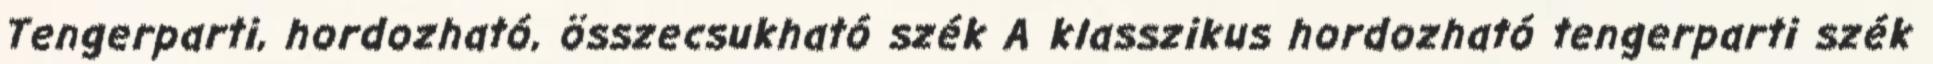
Tengerparti, hordozható, összecsukható szék A klasszikus hordozható tengerparti szék